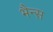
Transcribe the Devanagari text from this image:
भैन्स